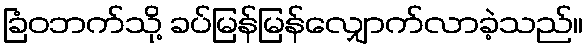
ခြံဝဘက်သို့ ခပ်မြန်မြန်လျှောက်လာခဲ့သည်။